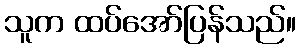
သူက ထပ်အော်ပြန်သည်။